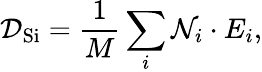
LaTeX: \mathcal{D}_{\mathrm{{Si}}}=\frac{1}{M}\sum_{i}^{}\mathcal{N}_{i}\cdot E_{i},